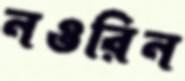
নওরিন